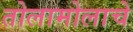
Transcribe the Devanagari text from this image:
तोलामोलाचे